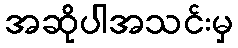
အဆိုပါအသင်းမှ